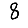
Digit: 8